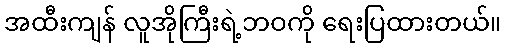
အထီးကျန် လူအိုကြီးရဲ့ဘဝကို ရေးပြထားတယ်။